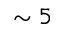
\sim 5